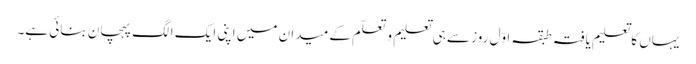
یہاں کا تعلیم یافتہ طبقہ اوّل روز سے ہی تعلیم و تعلّم کے میدان میں اپنی ایک الگ پہچان بنائی ہے۔